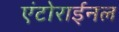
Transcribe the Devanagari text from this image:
एंटोराईनल